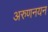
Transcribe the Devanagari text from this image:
अरुणनयन